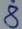
Text: 8